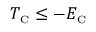
T _ { \scriptscriptstyle \mathrm { C } } \leq - E _ { \scriptscriptstyle \mathrm { C } }